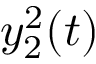
y _ { 2 } ^ { 2 } ( t )